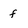
Character: f